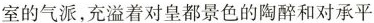
室的气派，充溢着对皇都景色的陶醉和对承平